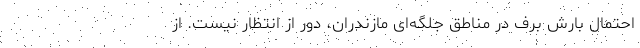
احتمال بارش برف در مناطق جلگه‌ای مازندران، دور از انتظار نیست. از